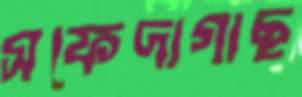
সফেদাগাছ